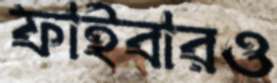
ফাইবারও